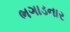
ભગાડનાર